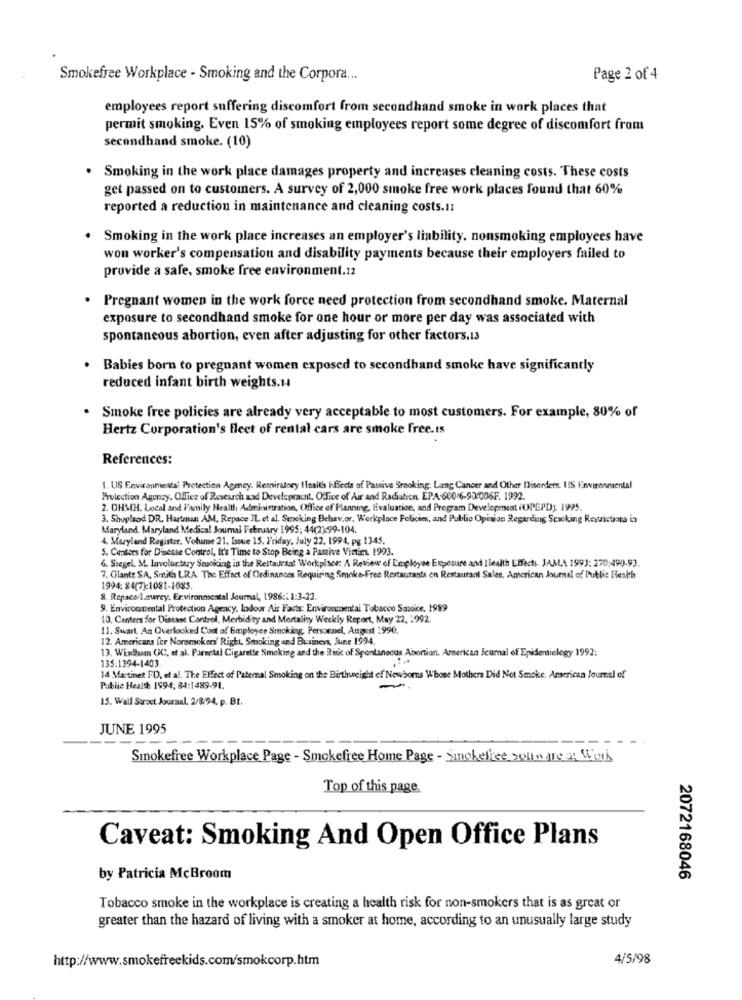
Smokefree Workplace - Smoking and the Corpora ...
Page 2 of 4
employees report suffering discomfort from secondhand smoke in work places that
permit smoking. Even 15% of smoking employees report some degree of discomfort from
secondhand smoke. (10)
Smoking in the work place damages property and increases cleaning costs. These costs
get passed on to customers. A survey of 2,000 smoke free work places found that 60%
reported a reduction in maintenance and cleaning costs .!!
. Smoking in the work place increases an employer's liability, nonsmoking employees have
won worker's compensation and disability payments because their employers failed to
provide a safe, smoke free environment.12
Pregnant women in the work force need protection from secondhand smoke. Maternal
exposure to secondhand smoke for one hour or more per day was associated with
spontaneous abortion, even after adjusting for other factors.13
Babies born to pregnant women exposed to secondhand smoke have significantly
reduced infant birth weights.14
Smoke free policies are already very acceptable to most customers. For example, 80% of
Hertz Corporation's fleet of rental cars are smoke free.Is
References:
1. US Environmental Protection Agency. Respiratory ITcaith ffects of Passive Stroking. Lang Cancer and Other Disorders. UIS Environmental
Protection Agency, Office of Research and Developracnt, Office of Air and Radiation. EPA:60016-92/006F. 1992.
2. OHMH. Local and Family Health Administration, Office of Planning, Evaluation, and Program Development (UPEPD). 1995.
3. Shoplaod DR. Hartman AM, Repace IL et al. Smoking Behavior, Workplace Policies, and Public Opinion Regarding Sewking Resuictiosa in
Maryland, Maryland Medical Journal February 1995; 44(2):99-104.
4. Maryland Register, Volume 21. Issue 15. Friday, July 22. 1994. pg 1345.
S. Centers for Disease Control, It's Time to Stop Being a Passive Victims 1993.
6. Siegel. M. Involur.tary Smoking in the Restaurant Workplace: A Review of Employee Exposure and Ilealth Effects. JAMA 1993: 270:490-93.
7. Glantz SA, Smith LRA. The Effect of Ordinances Requiring Smoke-Free Restaurants en Restaurant Sales, American Journal of Public Health
1994: 84(7):1081-1085.
8. Repacailowrey, Environmental Journal, 1986 :: 1:3-22.
9. Environmental Protection Agency, Indoor Air Facts: Environmental Tobacco Savoice, 1989
10, Centers for Disease Control, Merbid ty and Mortality Weekly Report, May 22, 1992.
11. Swart. An Overlooked Cost of Employee Smoking, Personnel, August 1990.
12. Americans fer Nonsmokers' Right, Smoking and Business, June 1994.
13. Windham GC, et al. Parmetal Cigarette Smoking and the Risk of Spontaneous Abortion. American Journal of Epidemiology 1992:
135:1394-1403
14 Martinet I'D, et al. The Effect of Paternal Smoking on the Birthweight of Newborns Whose Mothers Did Not Smoke. American Journal of
Public Health 1994, 84:1489-91.
15. Wall Street Journal. 2/8/94. p. BI.
JUNE 1995
Smokefree Workplace Page - Smokefree Home Page - Sinckeltee solto are a: Wink
Top of this page
Caveat: Smoking And Open Office Plans
by Patricia McBroom
2072168046
Tobacco smoke in the workplace is creating a health risk for non-smokers that is as great or
greater than the hazard of living with a smoker at home, according to an unusually large study
http://www.smokefreekids.com/smokcorp.htm
4/5/98